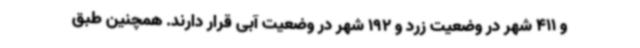
و 411 شهر در وضعیت زرد و 192 شهر در وضعیت آبی قرار دارند. همچنین طبق